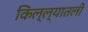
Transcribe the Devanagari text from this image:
किल्ल्यातली